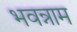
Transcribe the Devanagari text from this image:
भवन्नाम